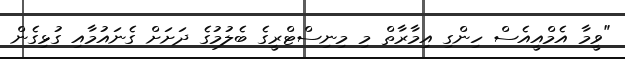
"ވީމާ އެމްއީއެސް ހިންގި އިމާރާތް މި މިނިސްޓްރީގެ ބެލުމުގެ ދަށަށް ގެނައުމާއި ގުޅިގެން